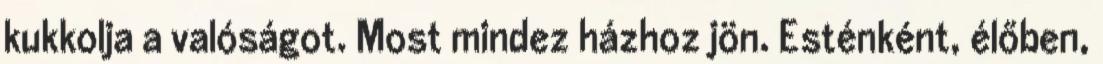
kukkolja a valóságot. Most mindez házhoz jön. Esténként, élőben,